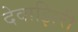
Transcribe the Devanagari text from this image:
देवाझिरी